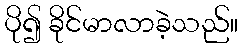
ပို၍ ခိုင်မာလာခဲ့သည်။